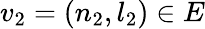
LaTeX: v_{2}=(n_{2},l_{2})\in E